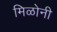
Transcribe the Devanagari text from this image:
मिळोनी